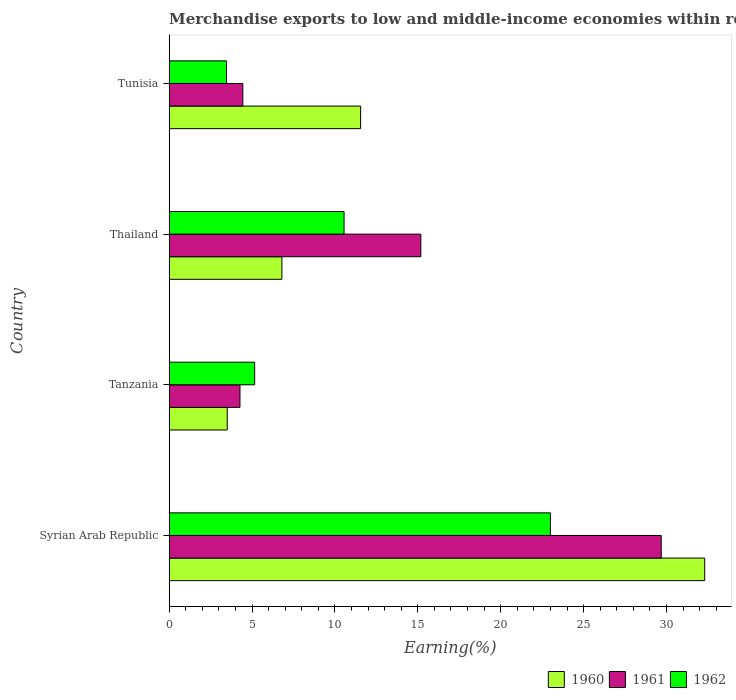
| Country | 1960 | 1961 | 1962 |
 | --- | --- | --- | --- |
 | Syrian Arab Republic | 32.3 | 29.7 | 23 |
 | Tanzania | 3.5 | 4.27 | 5.16 |
 | Thailand | 6.8 | 15.2 | 10.5 |
 | Tunisia | 11.5 | 4.44 | 3.46 |